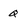
Character: q